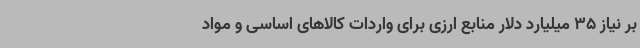
بر نیاز 35 میلیارد دلار منابع ارزی برای واردات کالاهای اساسی و مواد